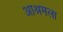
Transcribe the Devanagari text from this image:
आश्रमला